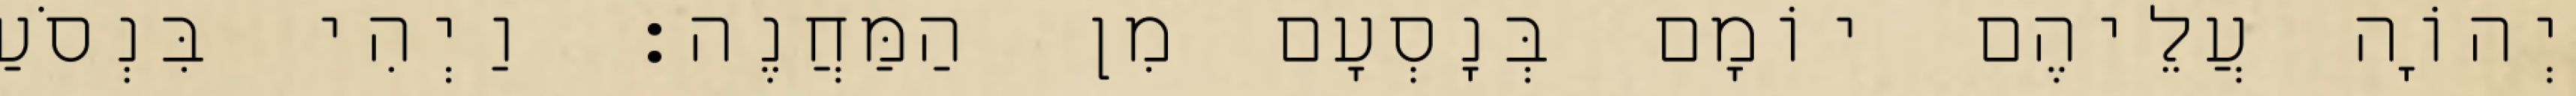
יְהוָֹה עֲלֵיהֶם יוֹמָם בְּנָסְעָם מִן הַמַּחֲנֶה׃ וַיְהִי בִּנְסֹעַ